Annual administration and progress report of the Indian Medical Department, Bombay
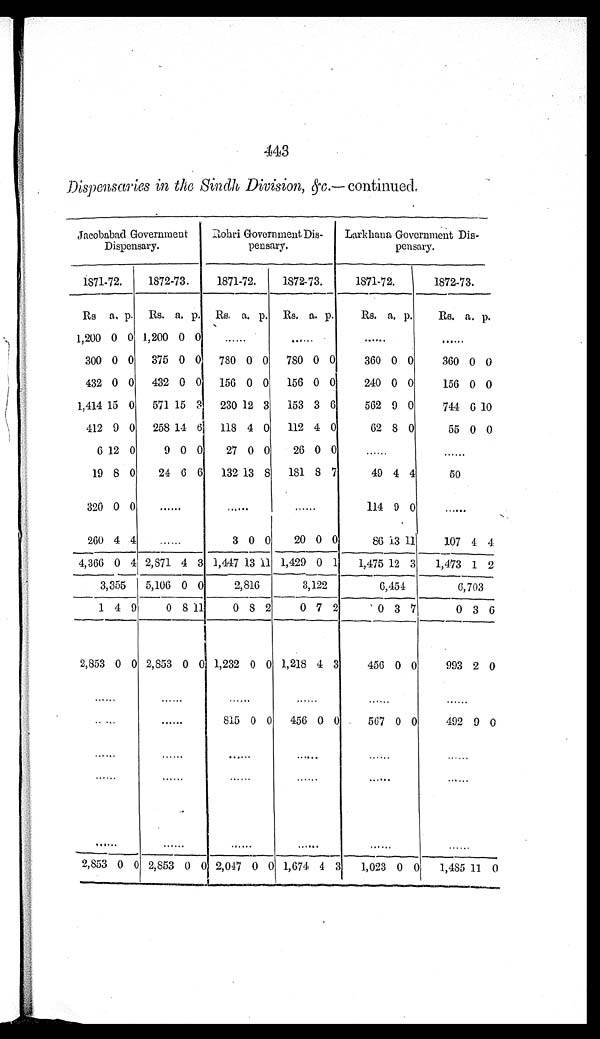
443
Dispensaries in the Sindh Division, &c.—continued.
Jacobabad Government
Dispensary.
Rohri Government Di
s-pensary.
Larkhana Government Di
s-pensary.
1871-72.
1872-73.
1871-72.
1872-73.
1871-72.
1872-73.
Rs a. p. Rs. a. p. Rs. a. p. Rs. a. p.
Rs. a. p.
Rs. a. p.
1,200 0 0 1,200 0 0
. . .
. . .
. . .
. . .
300 0 0
375 0 0
780 0 0
780 0 0
360 0 0
360 0 0
432 0 0
432 0 0
156 0 0
156 0 0
240 0 0
156 0 0
1,414 15 0
571 15 3
230 12 3
153 3 6
562 9 0
744 6 10
412 9 0
258 14 6
118 4 0
112 4 0
62 8 0
55 0 0
6 12 0
9 0 0
27 0 0
26 0 0
. . .
. . .
19 8 0
24 6 6
132 13 8
181 8 7
49 4 4
50
320 0 0
. . .
. . .
. . .
114 9 0
. . .
260 4 4
. . . 3 0 0
20 0 0
86 13 11
107 4 4
4,366 0 4 2,871 4 3 1,447 13 11 1,429
0 1
1,475 12 3
1,473 1 2
3,355
5,106 0 0
2,816
3,122
6,454
6,703
1 4 9
0
8 11
0 8 2
0 7 2
0 3 7
0 3 6
2,853 0 0 2,853 0 0 1,232 0 0 1,218 4 3
456 0 0
993 2 0
. . .
. . .
. . .
. . .
. . .
. . .
. . .
. . .
815 0 0
456 0 0
567 0 0
492 9 0
. . .
. . .
. . .
. . .
. . .
. . .
. . .
. . .
. . .
. . .
. . .
. . .
. . .
. . .
. . .
. . .
. . .
. . .
2,853 0 0 2,853 0 0 2,047 0 0 1,674 4 3
1,023 0 0
1,485 11 0